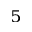
^ { 5 }